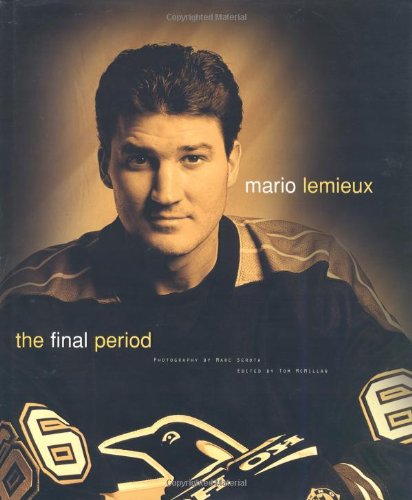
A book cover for Mario Lemieux: The Final Period; Mario Lemieux; Biographies & Memoirs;